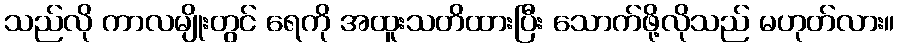
သည်လို ကာလမျိုးတွင် ရေကို အထူးသတိထားပြီး သောက်ဖို့လိုသည် မဟုတ်လား။